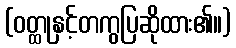
(ဝတ္ထုနှင့်တကွပြဆိုထား၏။)